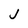
Character: j